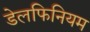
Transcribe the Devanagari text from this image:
डेलफिनियम